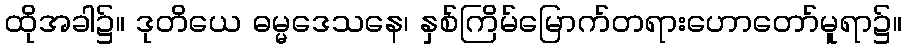
ထိုအခါ၌။ ဒုတိယေ ဓမ္မဒေသနေ၊ နှစ်ကြိမ်မြောက်တရားဟောတော်မူရာ၌။